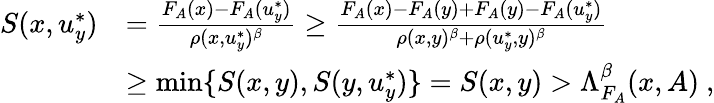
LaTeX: \begin{array}{rl}{S(x,u_{y}^{*})}&{=\frac{F_{A}(x)-F_{A}(u_{y}^{*})}{\rho(x,u_{y}^{*})^{\beta}}\geq\frac{F_{A}(x)-F_{A}(y)+F_{A}(y)-F_{A}(u_{y}^{*})}{\rho(x,y)^{\beta}+\rho(u_{y}^{*},y)^{\beta}}}\\ &{\geq\operatorname*{min}\{ S(x,y),S(y,u_{y}^{*})\} =S(x,y)>\Lambda_{F_{A}}^{\beta}(x,A)~,}\end{array}